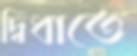
দ্বিধাতে